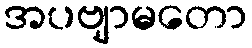
အပဗျာမတော